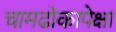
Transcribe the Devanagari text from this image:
चामढोकापेक्षा